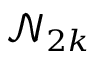
\mathcal { N } _ { 2 k }